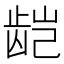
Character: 𬺃